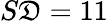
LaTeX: S\mathfrak{D}=11